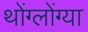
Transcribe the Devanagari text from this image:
थोंग्लोंग्या